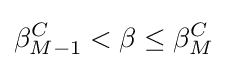
\beta _{M-1}^{C}<\beta \leq \beta _{M}^{C}